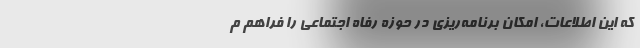
که این اطلاعات، امکان برنامه‌ریزی در حوزه رفاه اجتماعی را فراهم م